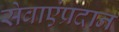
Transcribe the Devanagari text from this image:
सेवाएंप्रदान